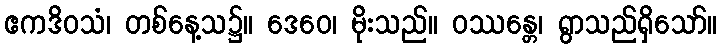
ဧကဒိဝသံ၊ တစ်နေ့သ၌။ ဒေဝေ၊ မိုးသည်။ ဝဿန္တေ၊ ရွာသည်ရှိသော်။